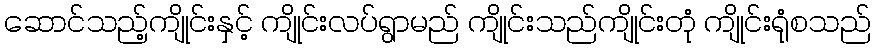
ဆောင်သည့်ကျိုင်းနှင့် ကျိုင်းလပ်ရွာမည် ကျိုင်းသည်ကျိုင်းတုံ ကျိုင်းရုံစသည်